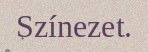
Színezet.